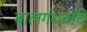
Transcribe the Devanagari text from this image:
बालगंधर्वाचें